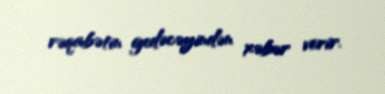
rəqabətin gedəcəyindən xəbər verir.